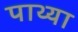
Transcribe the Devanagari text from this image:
पाथ्या